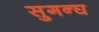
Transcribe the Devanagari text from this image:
सुगन्घ